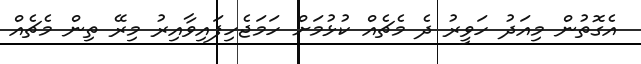
އެގޮތުން މިއަދު ހަވީރު ދެ މެޗެއް ކުޅުމަށް ހަމަޖެހިފައިވާއިރު މިރޭ ތިން މެޗެއް